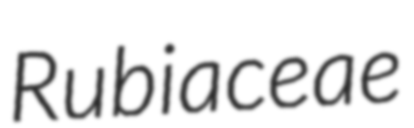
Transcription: Rubiaceae